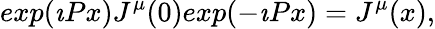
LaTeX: exp(\imath Px)J^{\mu}(0)exp(-\imath Px)=J^{\mu}(x),